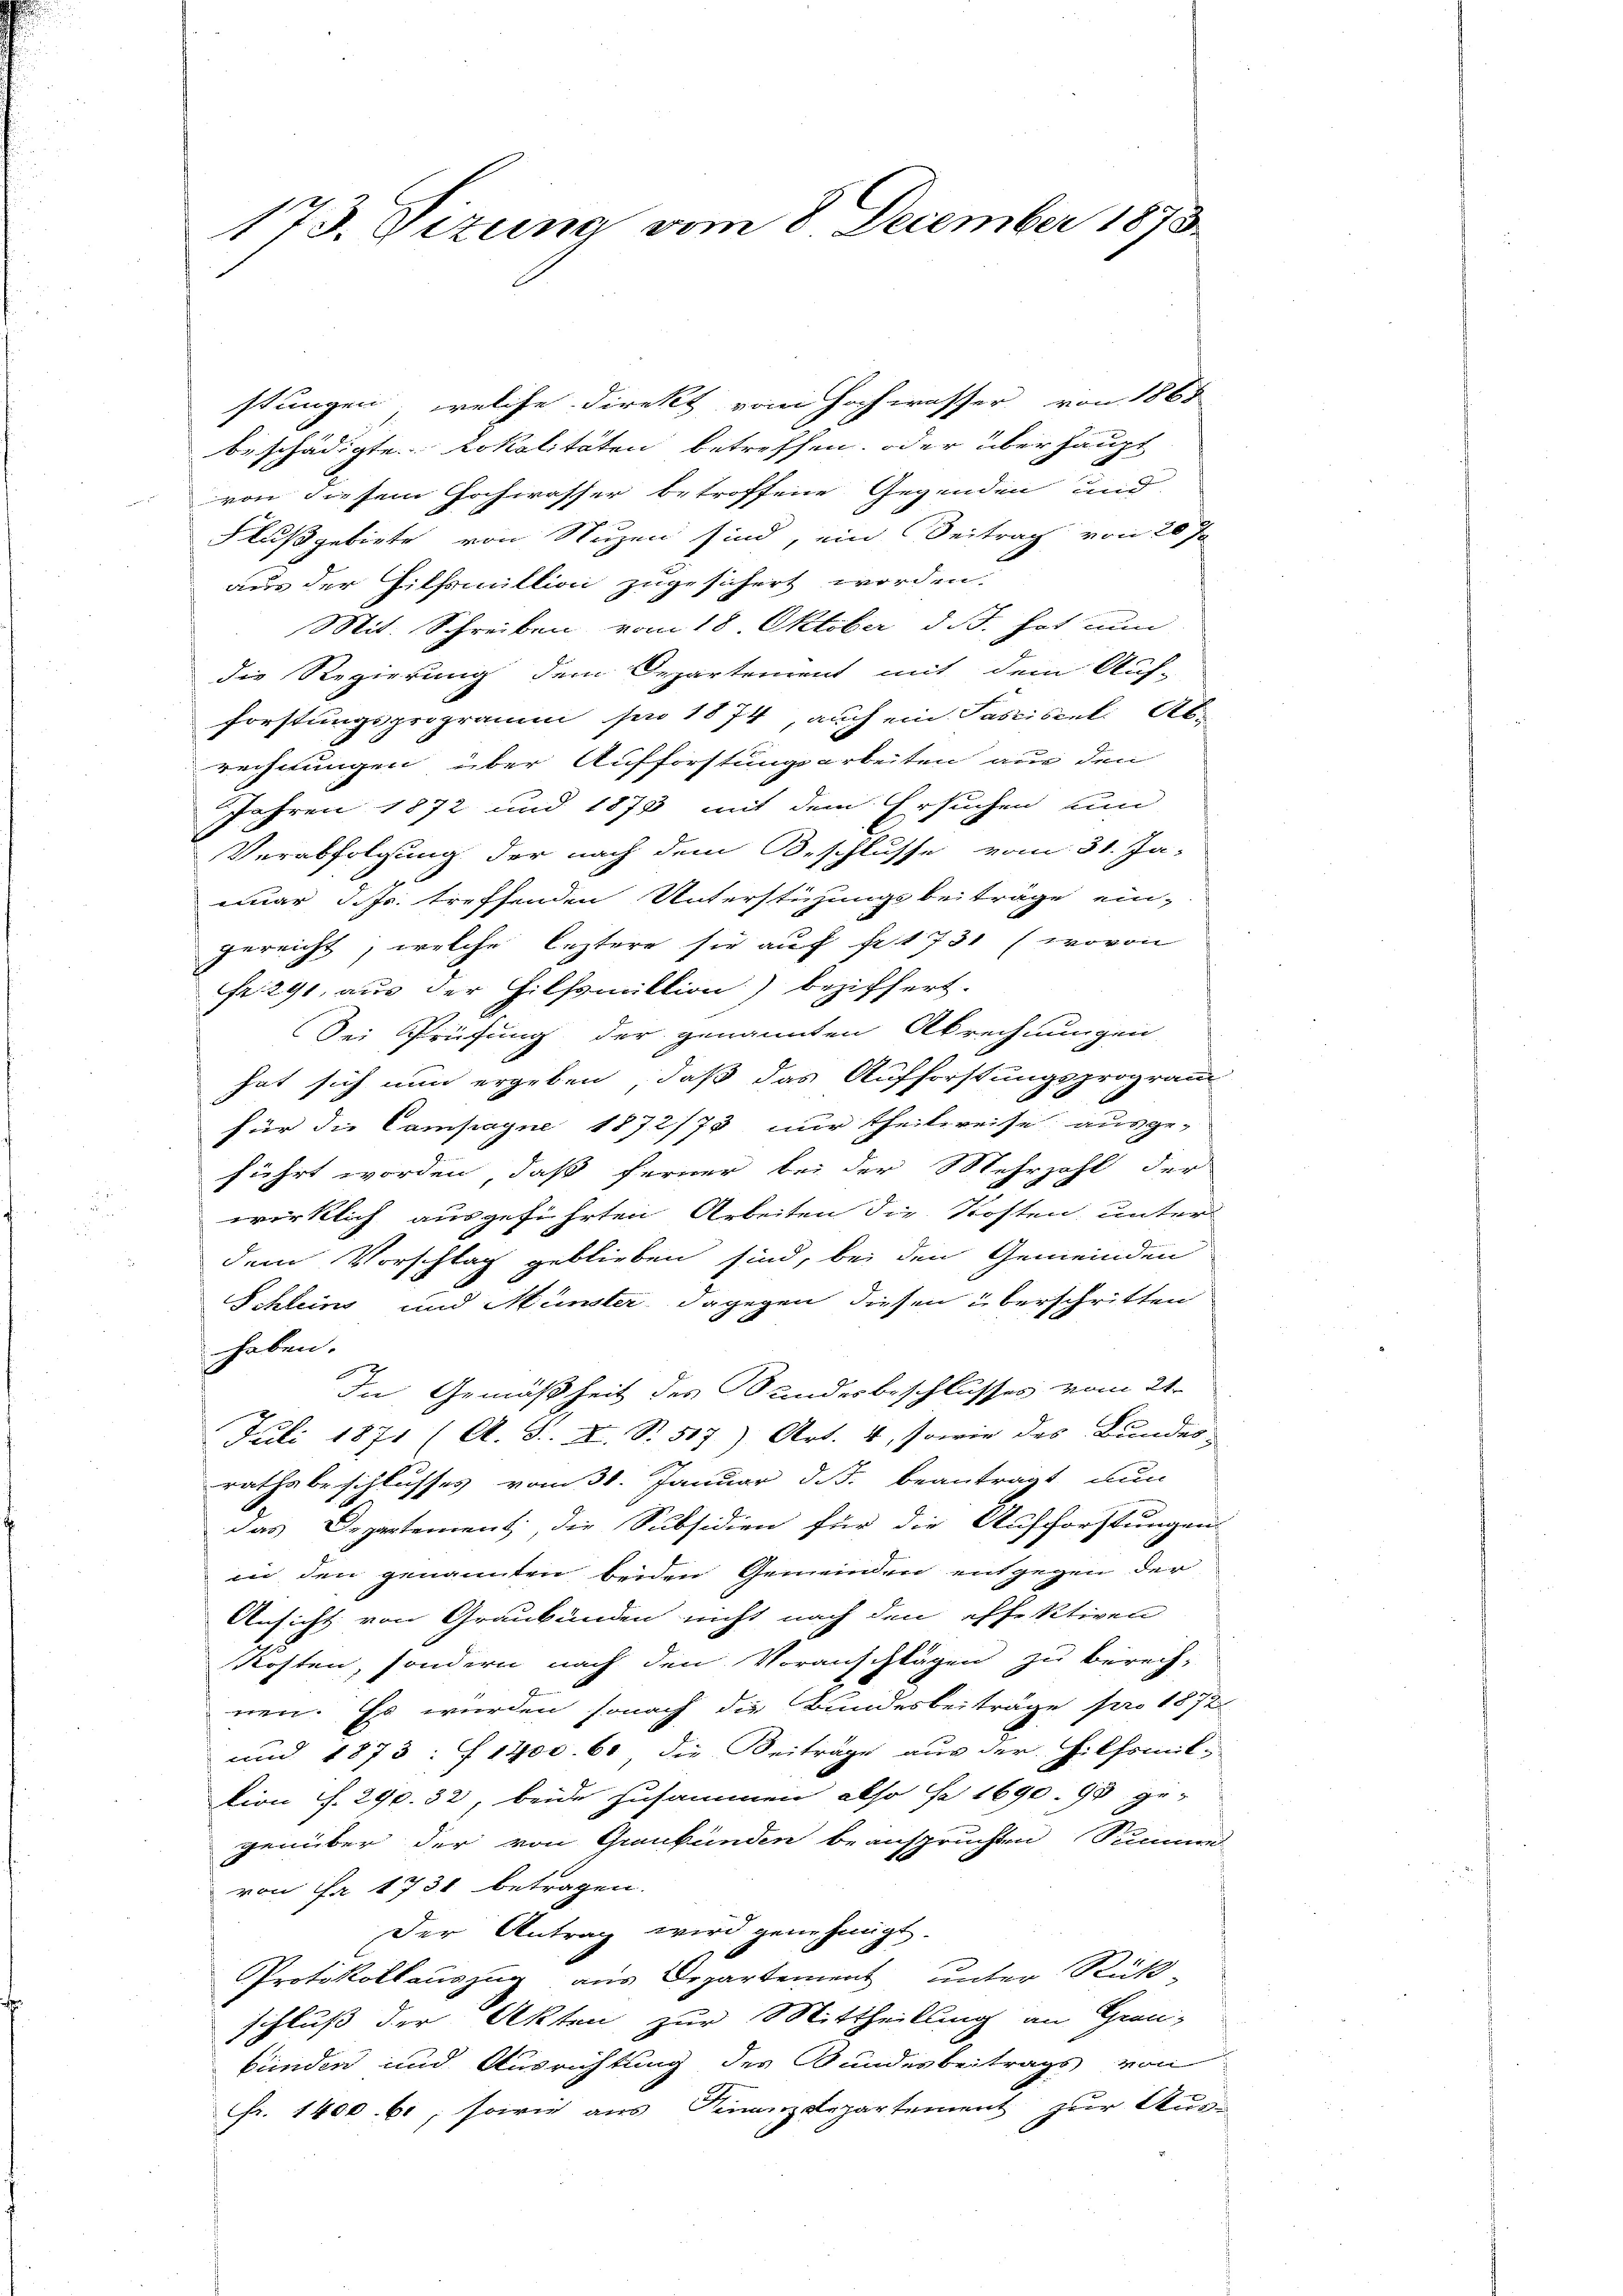
173. Sizung vom 8. December 1873.

stungen, welche direkt vom Hochwasser von 1868
beschädigte Lokalitäten betreffen, oder überhaupt
von diesem Hochwasser betroffene Gegenden und
Flußgebiete von Nuzen sind, ein Beitrag von 20 Ja
aus der Hilfsmillion zugesichert worden.
Mit. Schreiben vom 18. Oktober d. J. hat nun
die Regierung dem Departement mit dem Auf-
forstungsprogramm sie 1874 auch ein Passiseel. Ab-
rechnungen über Aufforstungsarbeiten aus den
Jahren 1872 und 1873 mit dem Ersuchen und
Verabfolgung der nach dem Beschlusse vom 31. Ja-
einar d. Js. treffenden Unterstehungsbeiträge ein-
gereicht, welche leztere sie auf fr. 1731 (wovon
fr. 291, aus der Hilfsmittion) beziffert.
Sei Prüfung der genannten Abrechnungen
hat sich nun ergeben, daß das Aufforstungsprogramm
für die Campagne 1872/73 nur theilsreise ausge-
führt worden, daß ferner bei der Mehrzahl der
wirklich ausgeführten Arbeiten die Kosten unter
dem Vorschlag geblieben sind, bei den Gemeinden
Schlein und Münster, dagegen diesen überschritten
haben.
In Gemäßheit des Sandesbeschlusses vom 21.
Juli 1871 (A. S. XI. S. 517) Art. 4, sowie des Bundes-
rathsbeschlusses vom 31. Januar d. J. beantragt nun
das Departement, die Subsidien für die Aufforstungen
in den genannten beiden Gemeinden entgegen der
Ansicht von Graubünden nicht nach den effektiven
kosten, sondern nach den Voranschlägen zu berech-
nen. Es wurden sonach die Bundesbeiträge pro 1872
und 1873: f 1200. 60, die Beiträge aus der Hilfsmiti
ion f. 290. 32, beide zusammen also se 1690. 98 ge-
genüber der von Graubünden beanspruchten Summe
 von Nr 1731 betragen.
Der Antrag wird genehmigt.
Protokollauszug aus Departement unter Rück-
schluß der Akten zur Mittheilling an Gren-
bünden und Ausrichtung der Bundesbeitrags von
Fr. 1400. 61, sowie aus Finanzdepartement zur Aus-